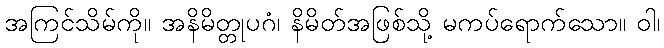
အကြင်သိမ်ကို။ အနိမိတ္တုပဂံ၊ နိမိတ်အဖြစ်သို့ မကပ်ရောက်သော။ ဝါ၊